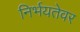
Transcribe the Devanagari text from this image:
निर्भयतेवर